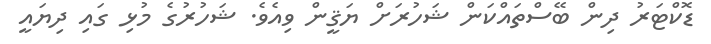
ޑޮކްޓަރު ދިން ބޭސްތައްކަން ޝަހުރަށް ޔަޤީން ވިއެވެ. ޝަހުރުގެ މުޅި ގައި ދިޔައީ